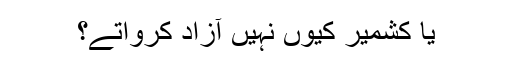
یا کشمیر کیوں نہیں آزاد کرواتے؟